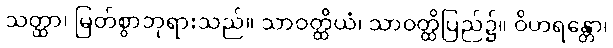
သတ္ထာ၊ မြတ်စွာဘုရားသည်။ သာဝတ္ထိယံ၊ သာဝတ္ထိပြည်၌။ ဝိဟရန္တော၊